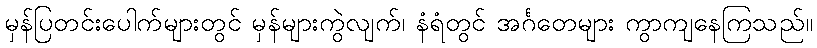
မှန်ပြတင်းပေါက်များတွင် မှန်များကွဲလျက်၊ နံရံတွင် အင်္ဂတေများ ကွာကျနေကြသည်။